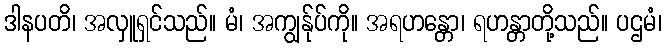
ဒါနပတိ၊ အလှူရှင်သည်။ မံ၊ အကျွန်ုပ်ကို။ အရဟန္တော၊ ရဟန္တာတို့သည်။ ပဌမံ၊